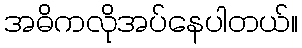
အဓိကလိုအပ်နေပါတယ်။